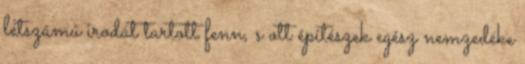
létszámú irodát tartott fenn, s ott építészek egész nemzedéke